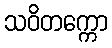
သဝိတက္ကော